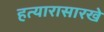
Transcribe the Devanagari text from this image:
हत्यारासारखे